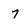
Character: 7